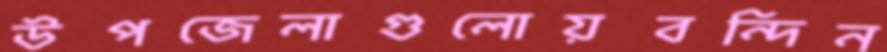
উপজেলাগুলোয়বন্দিন